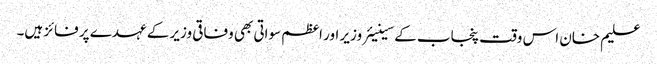
علیم خان اس وقت پنجاب کے سینیئر وزیر اور اعظم سواتی بھی وفاقی وزیر کے عہدے پر فائز ہیں۔